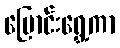
ပြောင်းရွှေ့ကာ